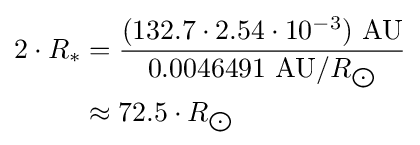
{\begin{aligned}2\cdot R_{*}&={\frac {(132.7\cdot 2.54\cdot 10^{-3})\ {\text{AU}}}{0.0046491\ {\text{AU}}/R_{\bigodot }}}\\&\approx 72.5\cdot R_{\bigodot }\end{aligned}}